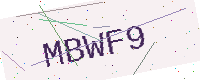
Text: MBWF9